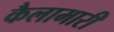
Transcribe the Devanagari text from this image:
कैलामारी